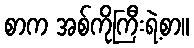
စာက အစ်ကိုကြီးရဲ့စာ။